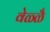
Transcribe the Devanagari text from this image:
वेळ्ळै